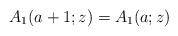
LaTeX: \begin{align*}A_1(a+1;z)=A_1(a;z)\end{align*}